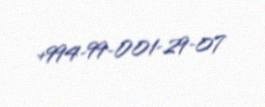
+994-99-001-29-07